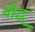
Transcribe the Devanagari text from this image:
बौद्ध्